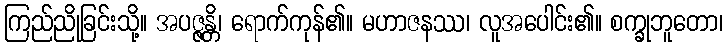
ကြည်ညိုခြင်းသို့။ အပဇ္ဇန္တိ၊ ရောက်ကုန်၏။ မဟာဇနဿ၊ လူအပေါင်း၏။ စက္ခုဘူတော၊